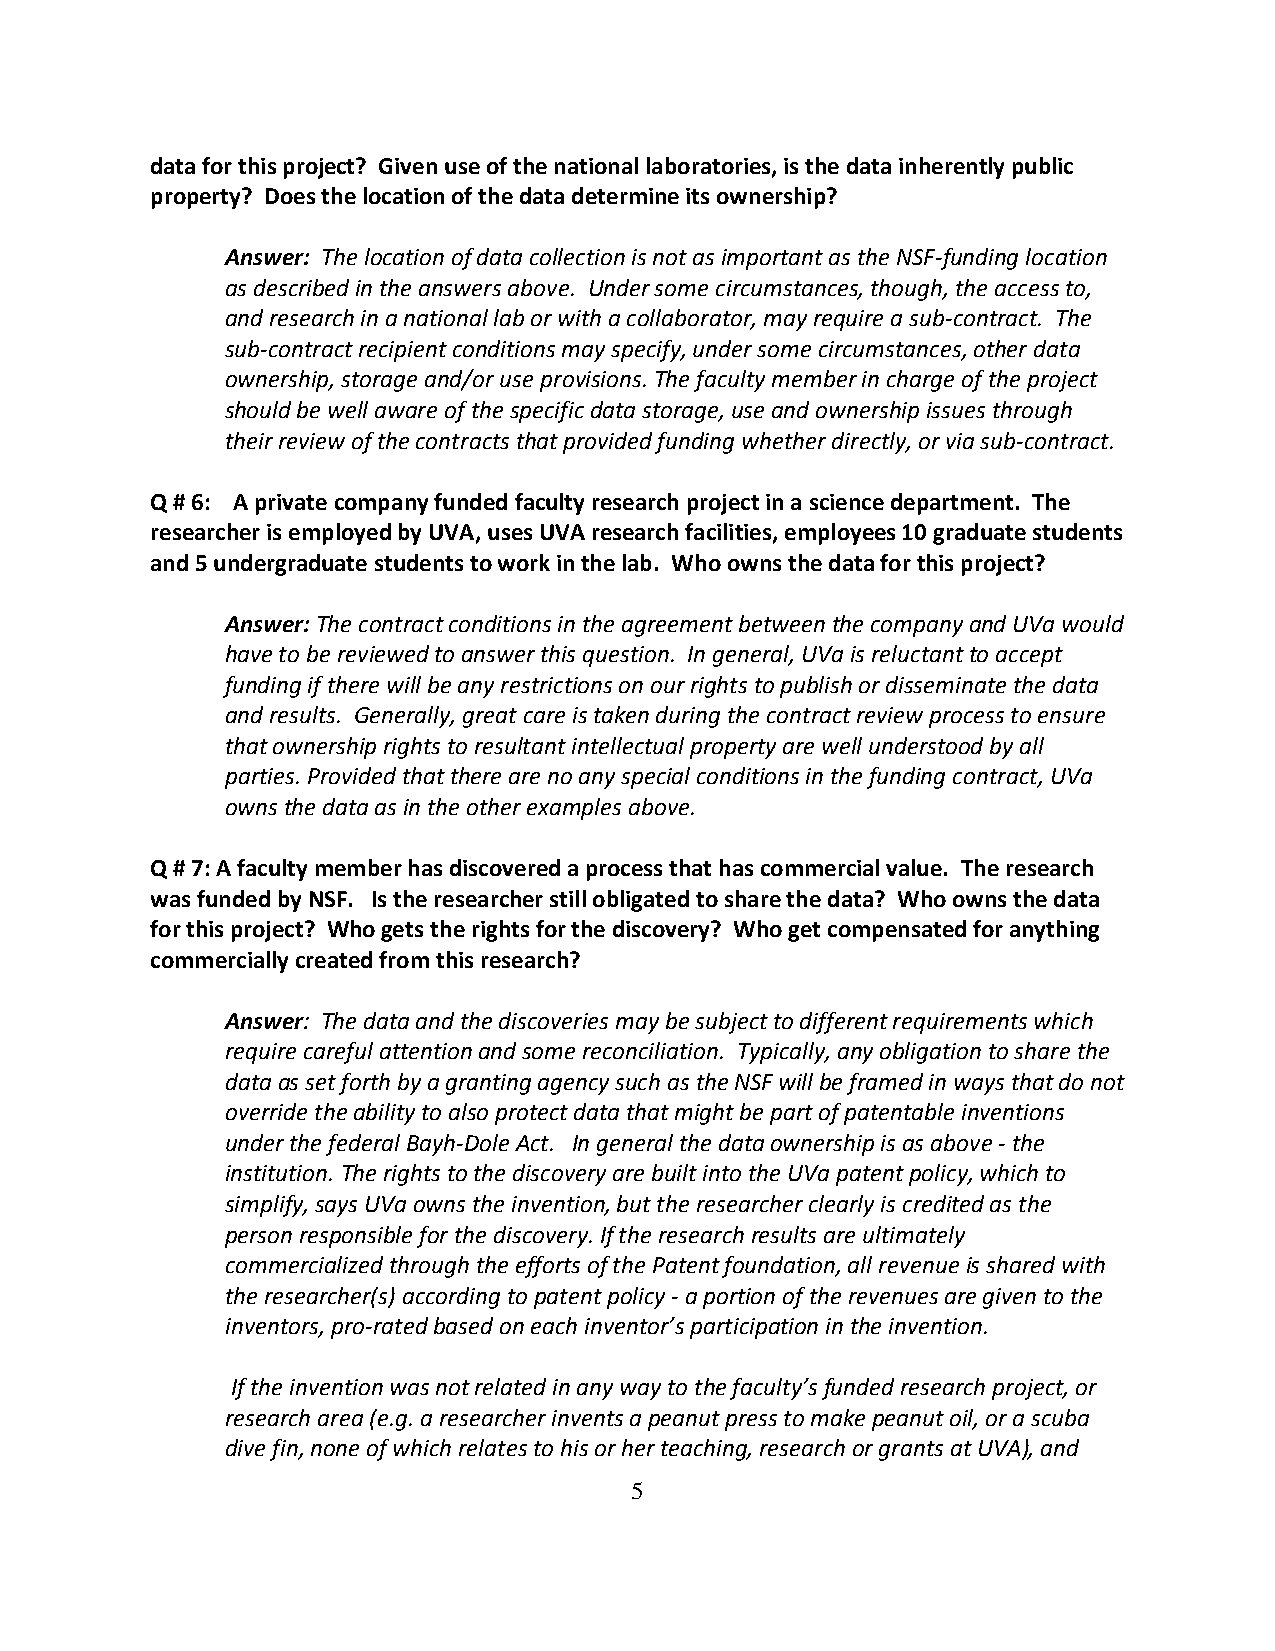
data for this project? Given use of the national laboratories, is the data inherently public
 property? Does the location of the data determine its ownership?
 Answer: The location of data collection is not as important as the NSF-funding location
 as described in the answers above. Under some circumstances, though, the access to,
 and research in a national lab or with a collaborator, may require a sub-contract. The
 sub-contract recipient conditions may specify, under some circumstances, other data
 ownership, storage and/or use provisions. The faculty member in charge of the project
 should be well aware of the specific data storage, use and ownership issues through
 their review of the contracts that provided funding whether directly, or via sub-contract.
 Q # 6: A private company funded faculty research project in a science department. The
 researcher is employed by UVA, uses UVA research facilities, employees 10 graduate students
 and 5 undergraduate students to work in the lab. Who owns the data for this project?
 Answer: The contract conditions in the agreement between the company and UVa would
 have to be reviewed to answer this question. In general, UVa is reluctant to accept
 funding if there will be any restrictions on our rights to publish or disseminate the data
 and results. Generally, great care is taken during the contract review process to ensure
 that ownership rights to resultant intellectual property are well understood by all
 parties. Provided that there are no any special conditions in the funding contract, UVa
 owns the data as in the other examples above.
 Q # 7: A faculty member has discovered a process that has commercial value. The research
 was funded by NSF. Is the researcher still obligated to share the data? Who owns the data
 for this project? Who gets the rights for the discovery? Who get compensated for anything
 commercially created from this research?
 Answer: The data and the discoveries may be subject to different requirements which
 require careful attention and some reconciliation. Typically, any obligation to share the
 data as set forth by a granting agency such as the NSF will be framed in ways that do not
 override the ability to also protect data that might be part of patentable inventions
 under the federal Bayh-Dole Act. In general the data ownership is as above - the
 institution. The rights to the discovery are built into the UVa patent policy, which to
 simplify, says UVa owns the invention, but the researcher clearly is credited as the
 person responsible for the discovery. If the research results are ultimately
 commercialized through the efforts of the Patent foundation, all revenue is shared with
 the researcher(s) according to patent policy - a portion of the revenues are given to the
 inventors, pro-rated based on each inventor’s participation in the invention.
 If the invention was not related in any way to the faculty’s funded research project, or
 research area (e.g. a researcher invents a peanut press to make peanut oil, or a scuba
 dive fin, none of which relates to his or her teaching, research or grants at UVA), and
 5